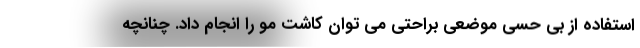
استفاده از بی حسی موضعی براحتی می توان کاشت مو را انجام داد. چنانچه